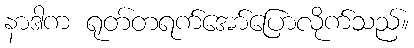
နာဒါက ရုတ်တရက်အော်ပြောလိုက်သည်။